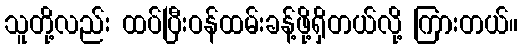
သူတို့လည်း ထပ်ပြီးဝန်ထမ်းခန့်ဖို့ရှိတယ်လို့ ကြားတယ်။